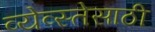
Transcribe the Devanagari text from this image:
व्येव्स्तेसाठी